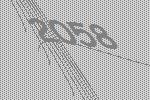
2058